Civil Veterinary Dept. Bombay admin report 1893-99 - 1893-1899
Year: 1893
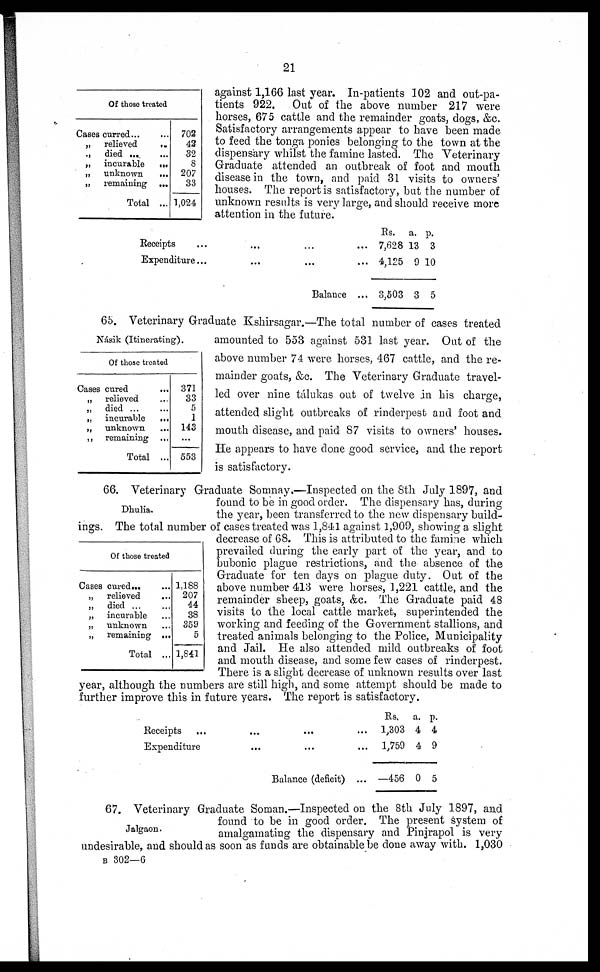
21
Of those treated
Cases curred... ...
„
relieved
..
„
died ...
„
incurable
...
„
unknown
...
„
remaining ...
Total ...
702
42
32
8
207
33
1,024
against 1,166 last year. In-patients 102 and out-pa-
tients 922. Out of the above number 217 were
horses, 675 cattle and the remainder goats, dogs, &c.
Satisfactory arrangements appear to have been made
to feed the tonga ponies belonging to the town at the
dispensary whilst the famine lasted. The Veterinary
Graduate attended an outbreak of foot and mouth
disease in the town, and paid 31 visits to owners'
houses. The report is satisfactory, but the number of
unknown results is very large, and should receive more
attention in the future.
Receipts
...
... ... ...
Expenditure...
... ... ...
Balance ...
Rs.
7,628
4,125
3,503
a.
13
9
3
p.
3
10
5
Násik (Itinerating).
Of those treated
Cases cured ...
„ relieved ...
„
died ... ...
„
incurable
...
„ unknown ...
„
remaining ...
Total ...
371
33
5
1
143
...
553
65. Veterinary Graduate Kshirsagar.—The total number of cases treated
amounted to 553 against 531 last year. Out of the
above number 74 were horses, 467 cattle, and the re-
mainder goats, &c. The Veterinary Graduate travel-
led over nine tálukas out of twelve in his charge,
attended slight outbreaks of rinderpest and foot and
mouth disease, and paid 87 visits to owners' houses.
He appears to have done good service, and the report
is satisfactory.
Dhulia.
Of those treated
Cases cured...
„
relieved ...
„
died ... ...
„ incurable ...
„ unknown ...
„ remaining ...
Total ...
1,188
207
44
38
359
5
1,841
66. Veterinary Graduate Somnay.—Inspected on the 8th July 1897, and
found to be in good order. The dispensary has, during
the year, been transferred to the new dispensary build-
ings. The total number of cases treated was 1,841 against 1,909, showing a slight
decrease of 68. This is attributed to the famine which
prevailed during the early part of the year, and to
bubonic plague restrictions, and the absence of the
Graduate for ten days on plague duty. Out of the
above number 413 were horses, 1,221 cattle, and the
remainder sheep, goats, &c. The Graduate paid 48
visits to the local cattle market, superintended the
working and feeding of the Government stallions, and
treated animals belonging to the Police, Municipality
and Jail. He also attended mild outbreaks of foot
and mouth disease, and some few cases of rinderpest.
There is a slight decrease of unknown results over last
year, although the numbers are still high, and some attempt should be made to
further improve this in future years. The report is satisfactory.
Receipts
...
... ... ...
Expenditure
... ... ...
Balance (deficit)
...
Rs.
1,303
1,759
—456
a.
4
4
0
p.
4
9
5
Jalgaon.
67. Veterinary Graduate Soman.—Inspected on the 8th July 1897, and
found to be in good order. The present system of
amalgamating the dispensary and Pinjrapol is very
undesirable, and should as soon as funds are obtainable be done away with. 1,030
B 302—6